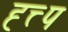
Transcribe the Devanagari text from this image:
ह्त्त्प